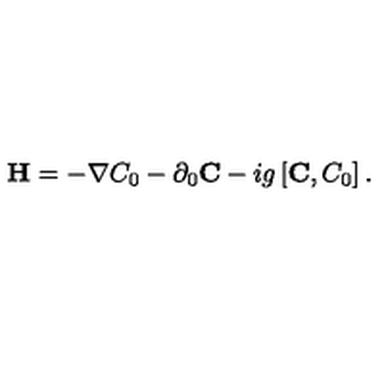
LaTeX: { \bf H } = - \nabla C _ { 0 } - \partial _ { 0 } { \bf C } - i g \left[ { \bf C } , C _ { 0 } \right] .